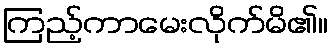
ကြည့်ကာမေးလိုက်မိ၏။